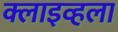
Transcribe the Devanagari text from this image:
क्लाइव्हला